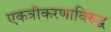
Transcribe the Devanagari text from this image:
एकत्रीकरणाविरुद्ध